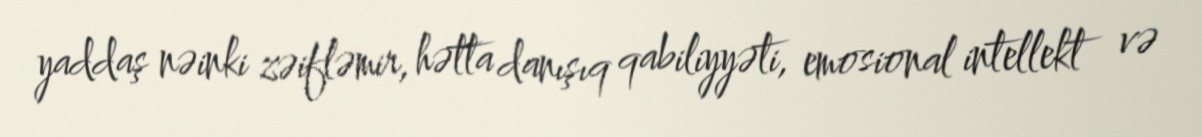
yaddaş nəinki zəifləmir, hətta danışıq qabiliyyəti, emosional intellekt və